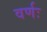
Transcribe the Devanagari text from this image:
वर्णः